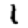
Digit: 1